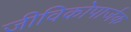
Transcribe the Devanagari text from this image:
जीविकोपार्जक